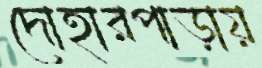
দোহারপাড়ায়